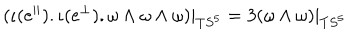
( \iota ( e ^ { | | } ) . \iota ( e ^ { \perp } ) . \omega \wedge \omega \wedge \omega ) | _ { T S ^ { 5 } } = 3 ( \omega \wedge \omega ) | _ { T S ^ { 5 } }